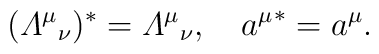
({{\mit\Lambda}^\mu}_\nu)^*={{\mit\Lambda}^\mu}_\nu,\quad{a^\mu}^*=a^\mu.